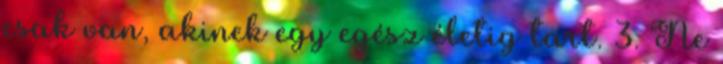
csak van, akinek egy egész életig tart. 3. Ne